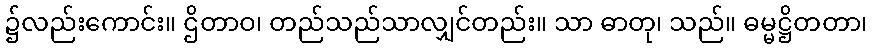
၌လည်းကောင်း။ ဌိတာဝ၊ တည်သည်သာလျှင်တည်း။ သာ ဓာတု၊ သည်။ ဓမ္မဋ္ဌိတတာ၊